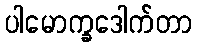
ပါမောက္ခဒေါက်တာ